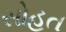
સોહત